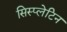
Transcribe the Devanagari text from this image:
सिस्प्लेटिन